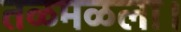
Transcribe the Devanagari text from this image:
तळमळला।